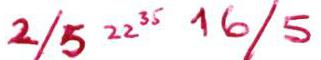
2/5 22 35 16/5